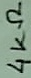
Text: 4KΩ